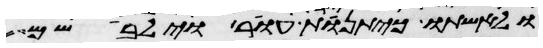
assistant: ולאשתו כיתנות עור וילבשם